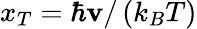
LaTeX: x_{T}=\hbar\mathbf{v}/\left(k_{B}T\right)